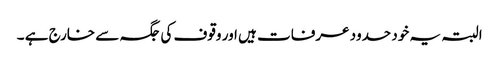
البتہ یہ خود حدود عرفات ہیں اور وقوف کی جگہ سے خارج ہے ۔